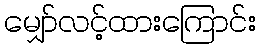
မျှော်လင့်ထားကြောင်း